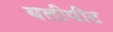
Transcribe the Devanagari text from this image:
बलीपीट